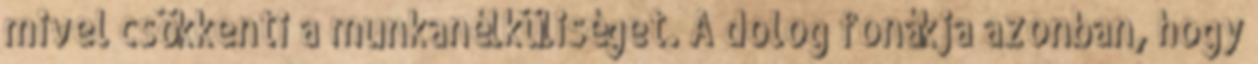
mivel csökkenti a munkanélküliséget. A dolog fonákja azonban, hogy